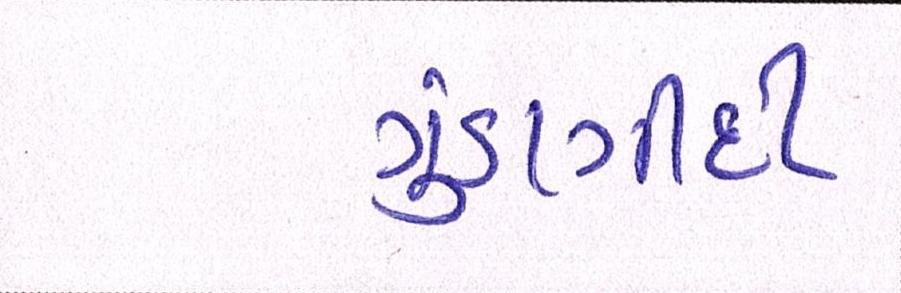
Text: ગુંડાગીર્દી